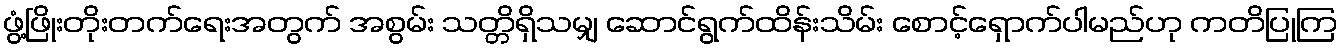
ဖွံ့ဖြိုးတိုးတက်ရေးအတွက် အစွမ်း သတ္တိရှိသမျှ ဆောင်ရွက်ထိန်းသိမ်း စောင့်ရှောက်ပါမည်ဟု ကတိပြုကြ